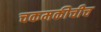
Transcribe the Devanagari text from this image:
चकमकीचीच